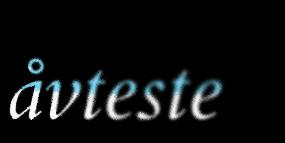
åvteste